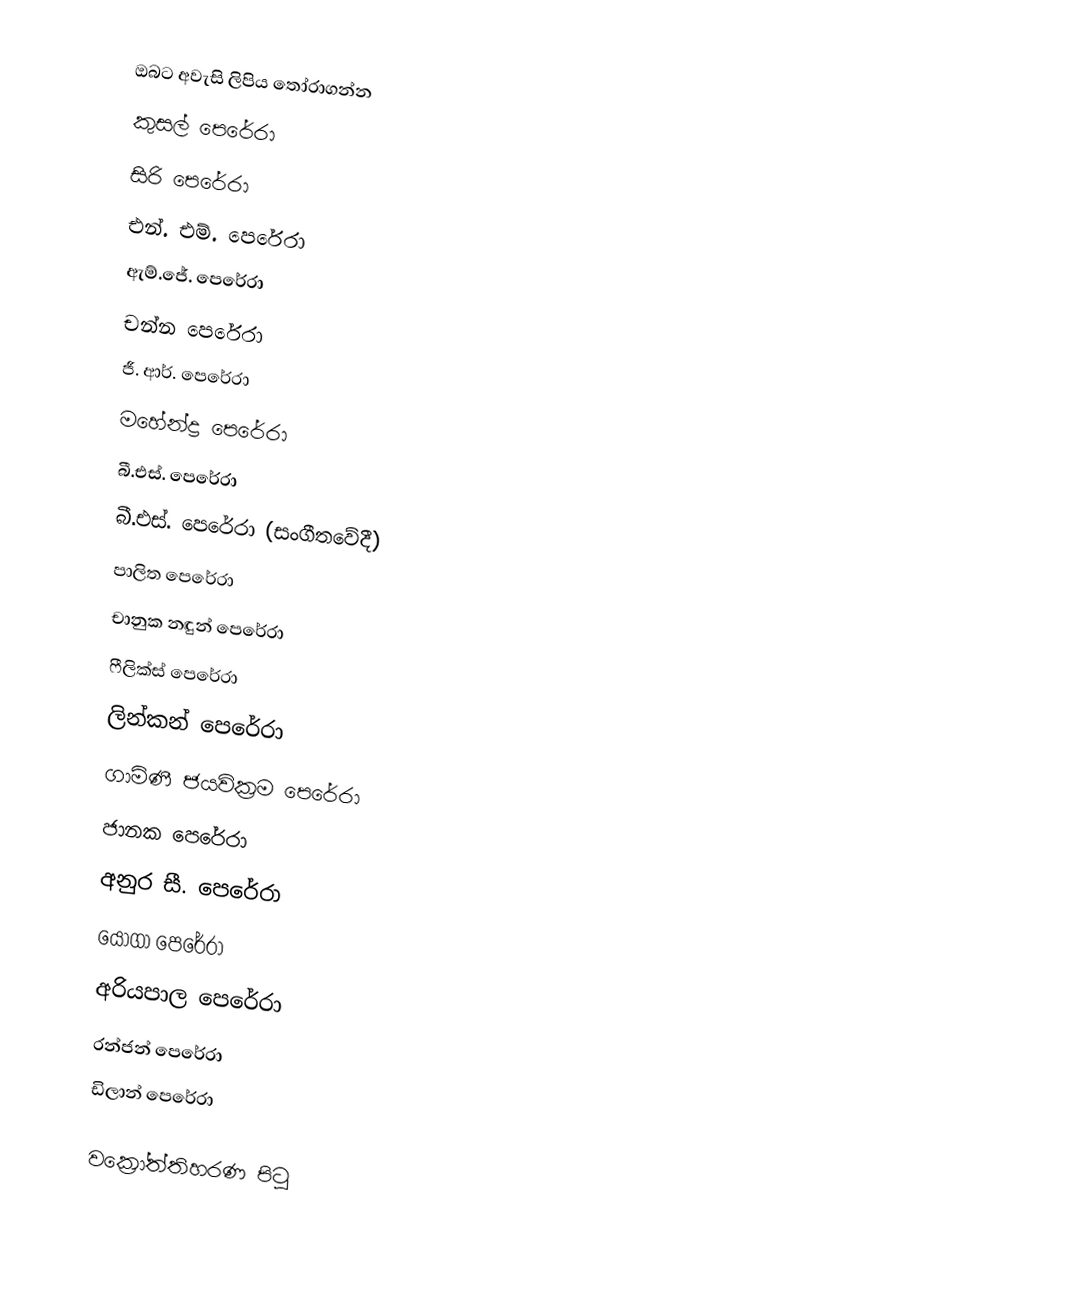
ඔබට අවැසි ලිපිය තෝරාගන්න
 කුසල් පෙරේරා
 සිරි පෙරේරා
 එන්. එම්. පෙරේරා
 ඇම්.ජේ. පෙරේරා
 චන්න පෙරේරා
 ජී. ආර්. පෙරේරා
 මහේන්ද්‍ර පෙරේරා
 බී.එස්. පෙරේරා
 බී.එස්. පෙරේරා (සංගීතවේදී)
 පාලිත පෙරේරා
 චානුක නඳුන් පෙරේරා
 ෆීලික්ස් පෙරේරා
 ලින්කන් පෙරේරා
 ගාමිණී ජයවික්‍රම පෙරේරා
 ජානක පෙරේරා
 අනුර සී. පෙරේරා
 යෝගා පෙරේරා
 අරියපාල පෙරේරා
 රන්ජන් පෙරේරා
 ඩිලාන් පෙරේරා

වක්‍රෝත්තිහරණ පිටු